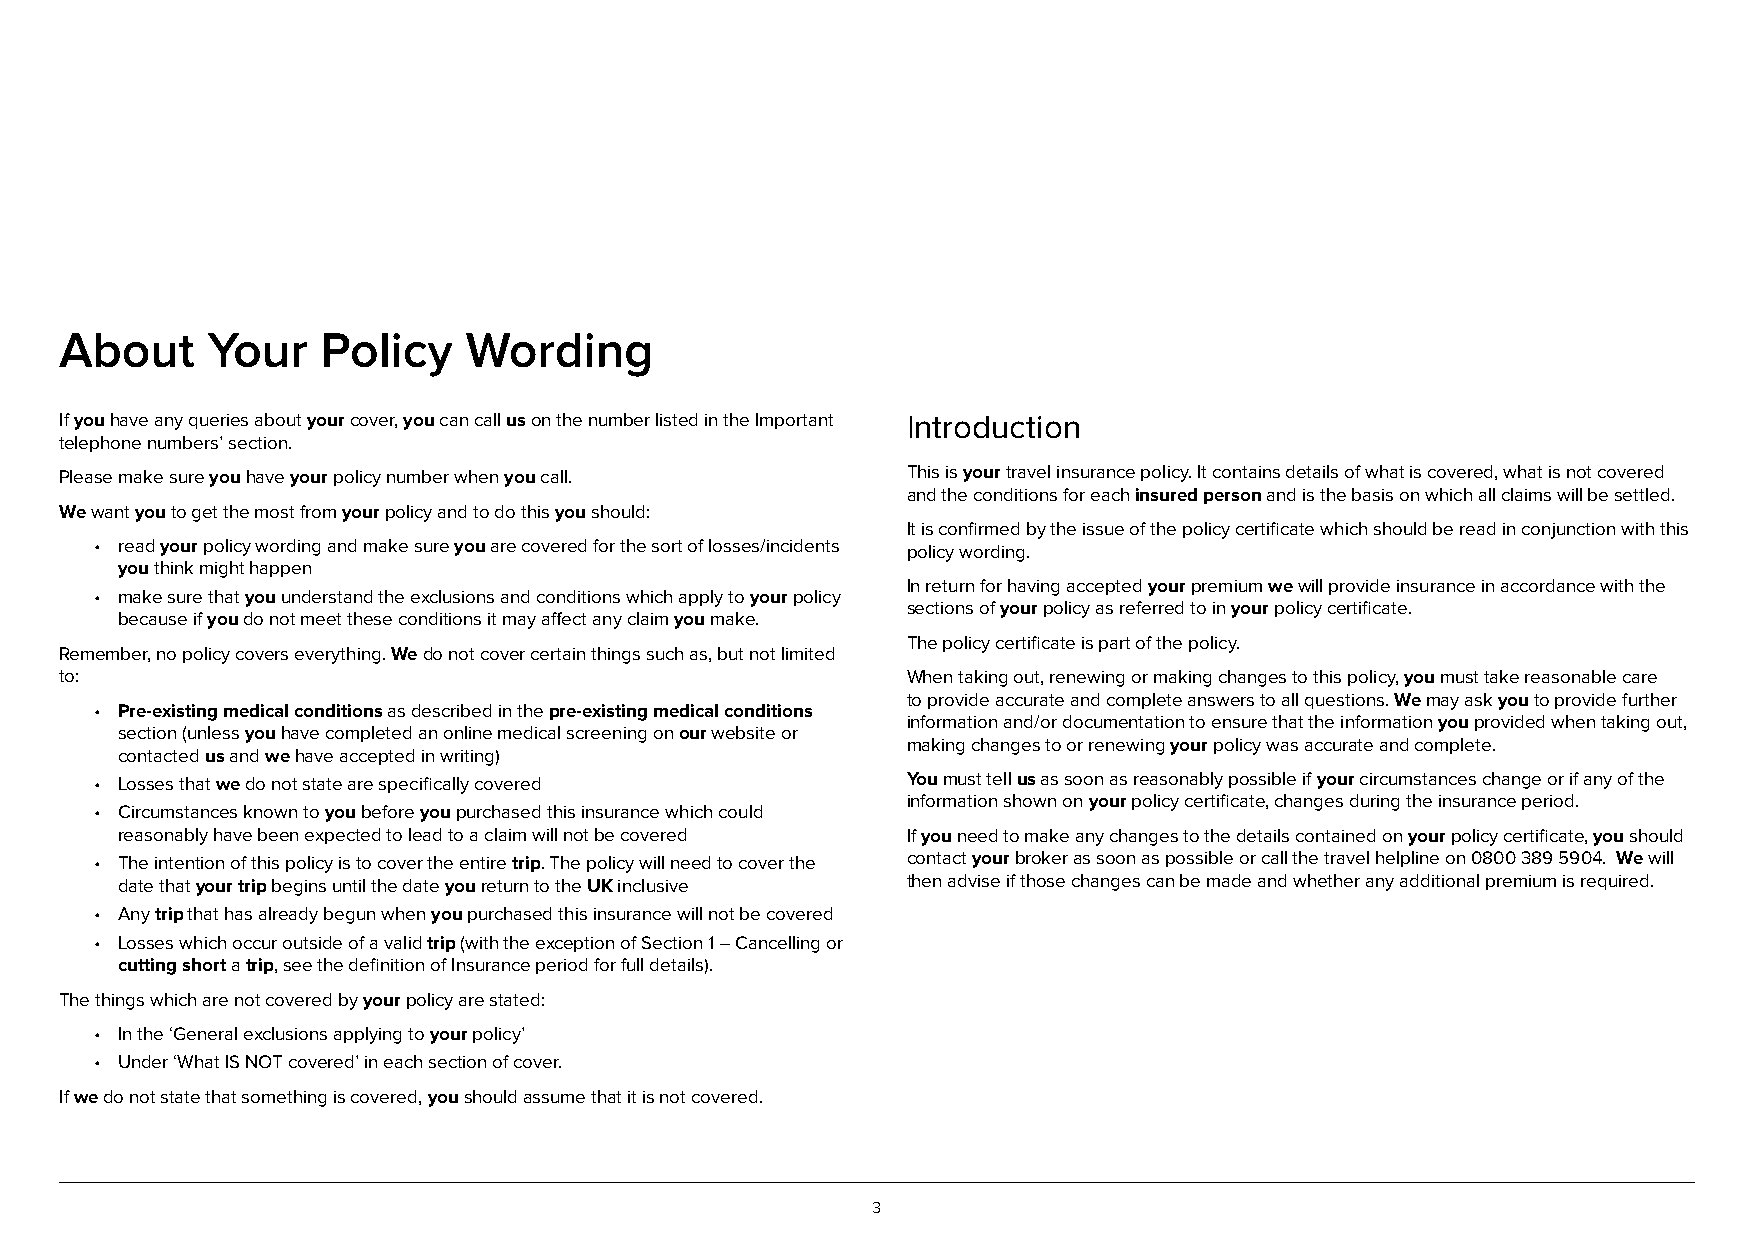
About     Your   Policy    Wording
 If you have any queries about your cover, you can call us on the number listed in the Important Introduction
 telephone numbers’ section.
 Please make sure you have your policy number when you call. This is your travel insurance policy. It contains details of what is covered, what is not covered
 and the conditions for each insured person and is the basis on which all claims will be settled.
 We want you to get the most from your policy and to do this you should:
 It is confirmed by the issue of the policy certificate which should be read in conjunction with this
 • read your policy wording and make sure you are covered for the sort of losses/incidents policy wording.
 you think might happen
 In return for having accepted your premium we will provide insurance in accordance with the
 • make sure that you understand the exclusions and conditions which apply to your policy
 sections of your policy as referred to in your policy certificate.
 because if you do not meet these conditions it may affect any claim you make.
 The policy certificate is part of the policy.
 Remember, no policy covers everything. We do not cover certain things such as, but not limited
 to:                                                     When taking out, renewing or making changes to this policy, you must take reasonable care
 to provide accurate and complete answers to all questions. We may ask you to provide further
 • Pre-existing medical conditions as described in the pre-existing medical conditions
 information and/or documentation to ensure that the information you provided when taking out,
 section (unless you have completed an online medical screening on our website or
 making changes to or renewing your policy was accurate and complete.
 contacted us and we have accepted in writing)
 • Losses that we do not state are specifically covered You must tell us as soon as reasonably possible if your circumstances change or if any of the
 information shown on your policy certificate, changes during the insurance period.
 • Circumstances known to you before you purchased this insurance which could
 reasonably have been expected to lead to a claim will not be covered If you need to make any changes to the details contained on your policy certificate, you should
 • The intention of this policy is to cover the entire trip. The policy will need to cover the contact your broker as soon as possible or call the travel helpline on 0800 389 5904. We will
 date that your trip begins until the date you return to the UK inclusive then advise if those changes can be made and whether any additional premium is required.
 • Any trip that has already begun when you purchased this insurance will not be covered
 • Losses which occur outside of a valid trip (with the exception of Section 1 – Cancelling or
 cutting short a trip, see the definition of Insurance period for full details).
 The things which are not covered by your policy are stated:
 • In the ‘General exclusions applying to your policy’
 • Under ‘What IS NOT covered’ in each section of cover.
 If we do not state that something is covered, you should assume that it is not covered.
 3